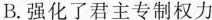
B.强化了君主专制权力